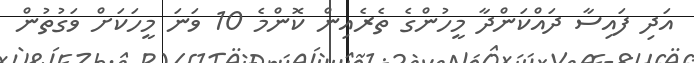
އަދި ފައިސާ ދައްކަންދާ މީހުންގެ ތެރެއިން ކޮންމެ 10 ވަނަ މީހަކަށް ވަގުތުން